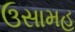
ઉસામહ